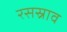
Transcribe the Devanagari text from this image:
रसस्राव